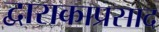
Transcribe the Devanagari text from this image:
द्वाराकाप्रसाद